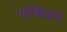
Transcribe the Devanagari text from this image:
नाम्बिआर